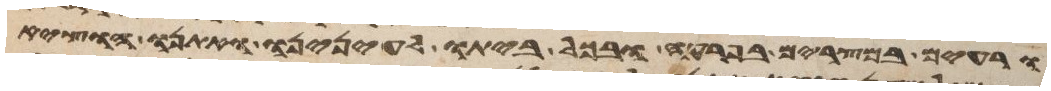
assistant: ורעים במצרים בפרעה ובכל ביתו לעינינו ואתנו הוציא